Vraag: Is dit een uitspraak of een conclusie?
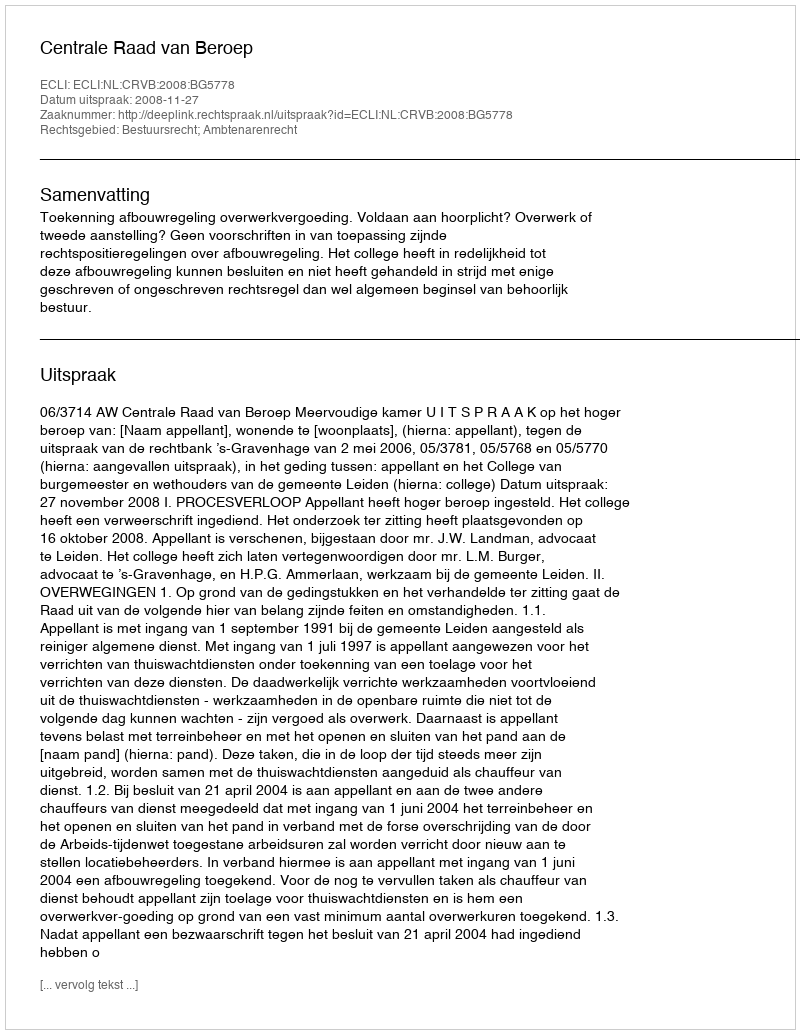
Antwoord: Uitspraak